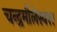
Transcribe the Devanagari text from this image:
चन्द्रमौलेस्वरर